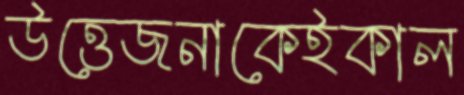
উত্তেজনাকেইকাল